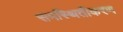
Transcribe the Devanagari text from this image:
समस्थितीकरण